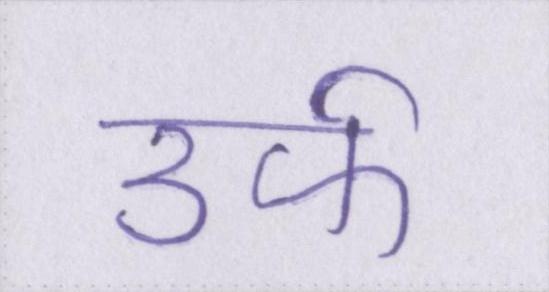
उर्फ